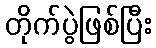
တိုက်ပွဲဖြစ်ပြီး